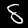
Digit: 8